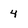
Character: 4